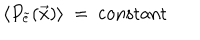
\langle P _ { \tilde { e } } ( \vec { x } ) \rangle ~ = ~ \mathrm { c o n s t a n t }